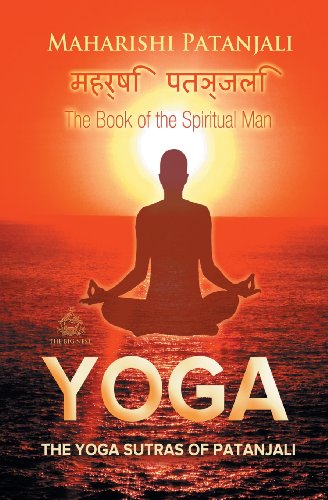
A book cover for The Yoga Sutras of Patanjali: The Book of the Spiritual Man (Yoga Academy); Maharishi Patanjali; Religion & Spirituality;